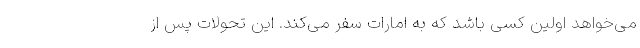
می‌خواهد اولین کسی باشد که به امارات سفر می‌کند. این تحولات پس از